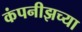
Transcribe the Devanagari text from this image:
कंपनीझच्या